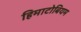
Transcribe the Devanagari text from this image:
हिमाटोबियम